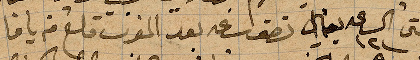
حتى الساعة ١٢ بحوالي نصف ساعة بعد المغرب قلع من يافا